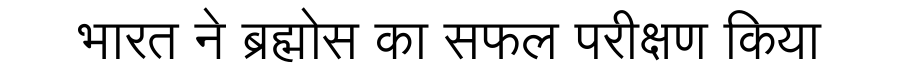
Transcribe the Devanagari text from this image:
भारत ने ब्रह्मोस का सफल परीक्षण किया